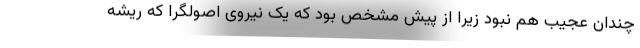
چندان عجیب هم نبود زیرا از پیش مشخص بود که یک نیروی اصولگرا که ریشه